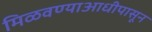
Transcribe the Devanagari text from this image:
मिळवण्याआधीपासून